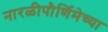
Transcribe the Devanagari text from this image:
नारळीपौर्णिमेच्या